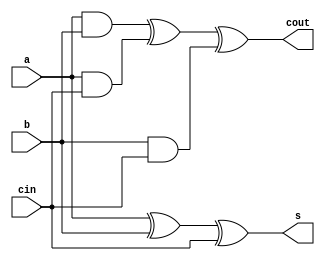
module add(
    input wire a,b,cin,
	output wire s,cout
);
	assign cout = (a&b)^(a&cin)^(b&cin);
	assign s = a ^ b ^ cin;
endmodule